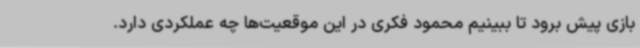
بازی پیش برود تا ببینیم محمود فکری در این موقعیت‌ها چه عملکردی دارد.